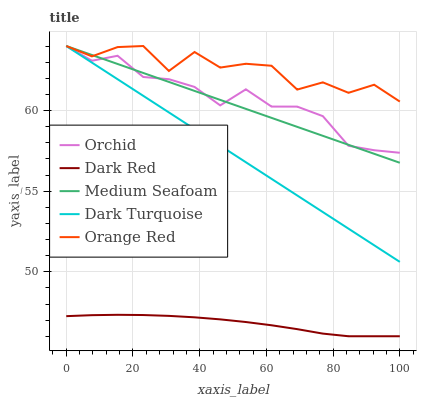
| xaxis_label | Orchid | Dark Red | Medium Seafoam | Dark Turquoise | Orange Red |
 | --- | --- | --- | --- | --- | --- |
 | 0 | 64 | 47.2 | 64 | 64 | 64 |
 | 7.69 | 63.1 | 47.3 | 63.4 | 63 | 63.4 |
 | 15.4 | 63.4 | 47.3 | 62.9 | 61.9 | 63.9 |
 | 23.1 | 62.1 | 47.3 | 62.3 | 60.9 | 64 |
 | 30.8 | 61.9 | 47.3 | 61.8 | 59.9 | 62.5 |
 | 38.5 | 61.5 | 47.2 | 61.2 | 58.9 | 63.6 |
 | 46.2 | 60.3 | 47 | 60.7 | 57.8 | 62.7 |
 | 53.8 | 61.3 | 46.9 | 60.1 | 56.8 | 62.9 |
 | 61.5 | 60.2 | 46.7 | 59.5 | 55.8 | 62.8 |
 | 69.2 | 60.2 | 46.4 | 59 | 54.7 | 61.3 |
 | 76.9 | 59.6 | 46.2 | 58.4 | 53.7 | 61.7 |
 | 84.6 | 57.8 | 46 | 57.9 | 52.7 | 61.1 |
 | 92.3 | 57.5 | 46 | 57.3 | 51.6 | 61.6 |
 | 100 | 57.4 | 46 | 56.8 | 50.6 | 60.6 |